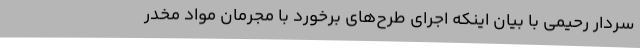
سردار رحیمی با بیان اینکه اجرای طرح‌های برخورد با مجرمان مواد مخدر